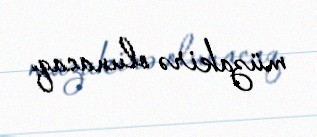
müzakirə olunacaq.